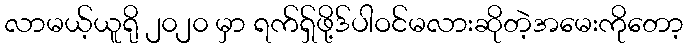
လာမယ့်ယူရို ၂၀၂၀ မှာ ရက်ရှ်ဖို့ဒ်ပါဝင်မလားဆိုတဲ့အမေးကိုတော့